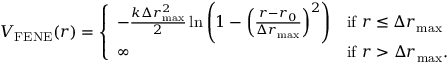
\begin{array} { r } { V _ { \mathrm { F E N E } } ( r ) = \left\{ \begin{array} { l l } { - \frac { k \Delta r _ { \mathrm { m a x } } ^ { 2 } } { 2 } \ln \left( 1 - \left( \frac { r - r _ { 0 } } { \Delta r _ { \mathrm { m a x } } } \right) ^ { 2 } \right) } & { \mathrm { i f ~ } r \leq \Delta r _ { \mathrm { m a x } } } \\ { \infty } & { \mathrm { i f ~ } r > \Delta r _ { \mathrm { m a x } } . } \end{array} \right. } \end{array}